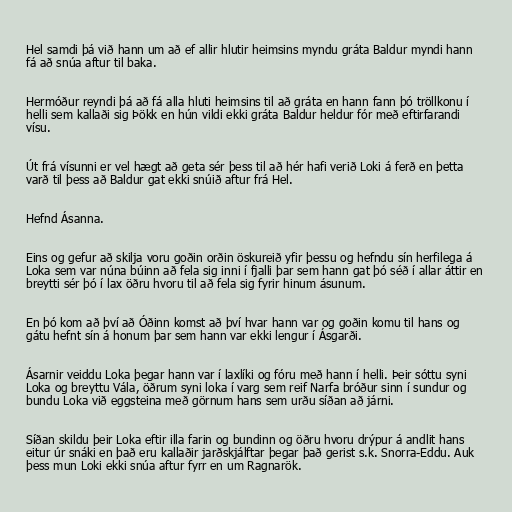
Hel samdi þá við hann um að ef allir hlutir heimsins myndu gráta Baldur myndi hann
fá að snúa aftur til baka.

Hermóður reyndi þá að fá alla hluti heimsins til að gráta en hann fann þó tröllkonu í
helli sem kallaði sig Þökk en hún vildi ekki gráta Baldur heldur fór með eftirfarandi
vísu.

Út frá vísunni er vel hægt að geta sér þess til að hér hafi verið Loki á ferð en þetta
varð til þess að Baldur gat ekki snúið aftur frá Hel.

Hefnd Ásanna.

Eins og gefur að skilja voru goðin orðin öskureið yfir þessu og hefndu sín herfilega á
Loka sem var núna búinn að fela sig inni í fjalli þar sem hann gat þó séð í allar áttir en
breytti sér þó í lax öðru hvoru til að fela sig fyrir hinum ásunum.

En þó kom að því að Óðinn komst að því hvar hann var og goðin komu til hans og
gátu hefnt sín á honum þar sem hann var ekki lengur í Ásgarði.

Ásarnir veiddu Loka þegar hann var í laxlíki og fóru með hann í helli. Þeir sóttu syni
Loka og breyttu Vála, öðrum syni loka í varg sem reif Narfa bróður sinn í sundur og
bundu Loka við eggsteina með görnum hans sem urðu síðan að járni.

Síðan skildu þeir Loka eftir illa farin og bundinn og öðru hvoru drýpur á andlit hans
eitur úr snáki en það eru kallaðir jarðskjálftar þegar það gerist s.k. Snorra-Eddu. Auk
þess mun Loki ekki snúa aftur fyrr en um Ragnarök.